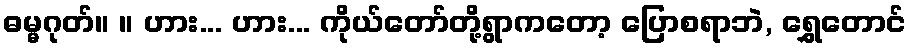
ဓမ္မဂုတ်။ ။ ဟား... ဟား... ကိုယ်တော်တို့ရွာကတော့ ပြောစရာဘဲ, ရွှေတောင်